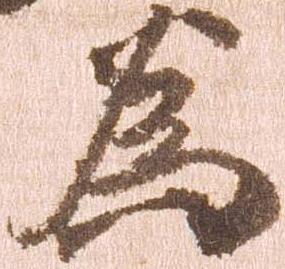
為